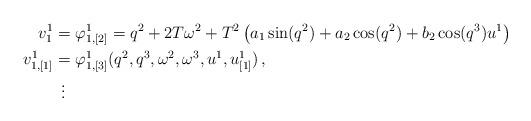
LaTeX: \begin{align*}v_{1}^{1} & =\varphi_{1,[2]}^{1}=q^{2}+2T\omega^{2}+T^{2}\left(a_{1}\sin(q^{2})+a_{2}\cos(q^{2})+b_{2}\cos(q^{3})u^{1}\right)\\v_{1,[1]}^{1} & =\varphi_{1,[3]}^{1}(q^{2},q^{3},\omega^{2},\omega^{3},u^{1},u_{[1]}^{1})\,,\\ & \:\:\vdots\end{align*}